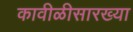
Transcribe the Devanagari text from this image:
कावीळीसारख्या